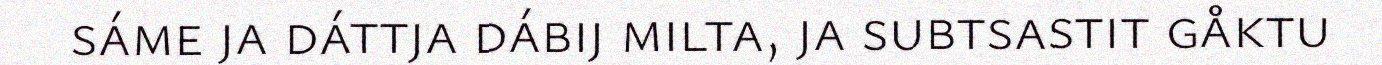
sáme ja dáttja dábij milta, ja subtsastit gåktu